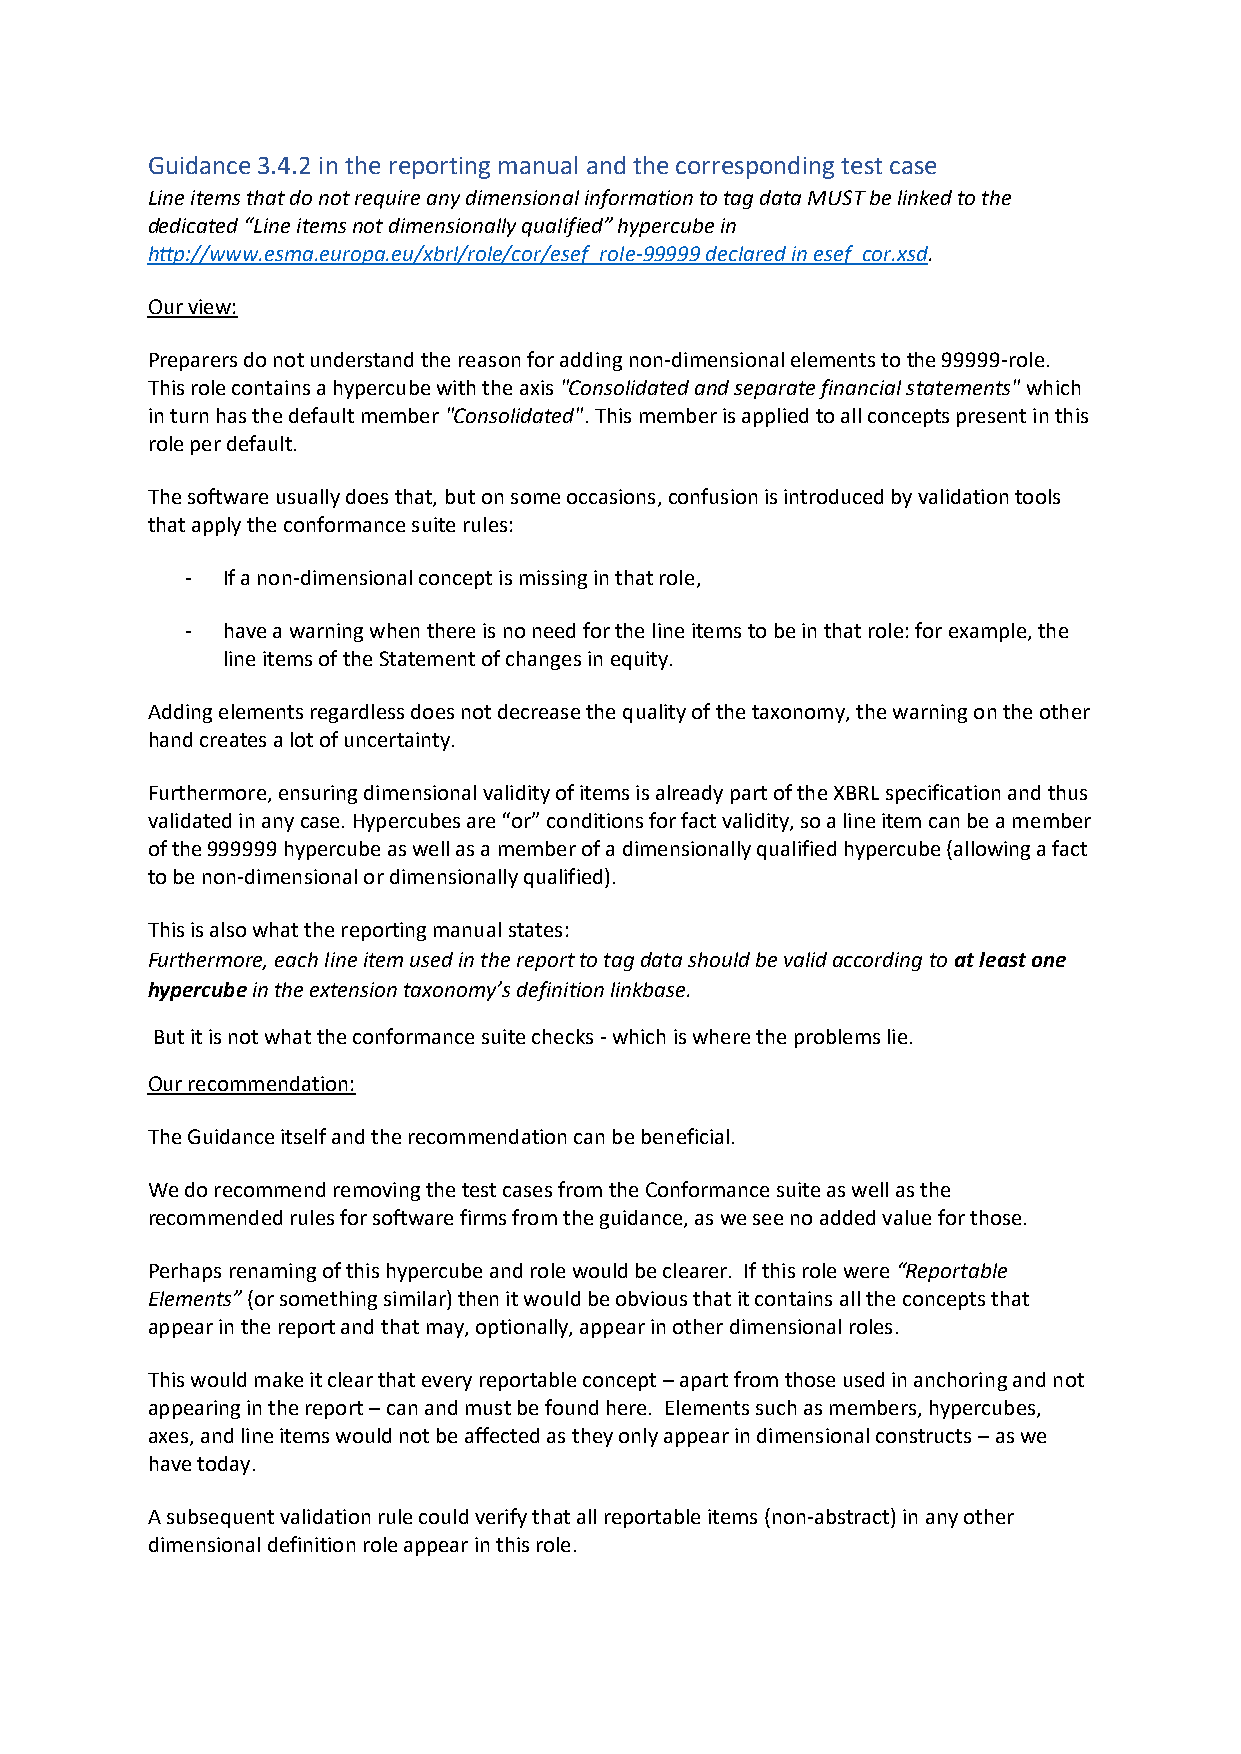
Guidance 3.4.2 in the reporting manual and the corresponding test case
 Line items that do not require any dimensional information to tag data MUST be linked to the
 dedicated “Line items not dimensionally qualified” hypercube in
 http://www.esma.europa.eu/xbrl/role/cor/esef_role-99999 declared in esef_cor.xsd.
 Our view:
 Preparers do not understand the reason for adding non-dimensional elements to the 99999-role.
 This role contains a hypercube with the axis "Consolidated and separate financial statements" which
 in turn has the default member "Consolidated". This member is applied to all concepts present in this
 role per default.
 The software usually does that, but on some occasions, confusion is introduced by validation tools
 that apply the conformance suite rules:
 -  If a non-dimensional concept is missing in that role,
 -  have a warning when there is no need for the line items to be in that role: for example, the
 line items of the Statement of changes in equity.
 Adding elements regardless does not decrease the quality of the taxonomy, the warning on the other
 hand creates a lot of uncertainty.
 Furthermore, ensuring dimensional validity of items is already part of the XBRL specification and thus
 validated in any case. Hypercubes are “or” conditions for fact validity, so a line item can be a member
 of the 999999 hypercube as well as a member of a dimensionally qualified hypercube (allowing a fact
 to be non-dimensional or dimensionally qualified).
 This is also what the reporting manual states:
 Furthermore, each line item used in the report to tag data should be valid according to at least one
 hypercube in the extension taxonomy’s definition linkbase.
 But it is not what the conformance suite checks - which is where the problems lie.
 Our recommendation:
 The Guidance itself and the recommendation can be beneficial.
 We do recommend removing the test cases from the Conformance suite as well as the
 recommended rules for software firms from the guidance, as we see no added value for those.
 Perhaps renaming of this hypercube and role would be clearer. If this role were “Reportable
 Elements” (or something similar) then it would be obvious that it contains all the concepts that
 appear in the report and that may, optionally, appear in other dimensional roles.
 This would make it clear that every reportable concept – apart from those used in anchoring and not
 appearing in the report – can and must be found here. Elements such as members, hypercubes,
 axes, and line items would not be affected as they only appear in dimensional constructs – as we
 have today.
 A subsequent validation rule could verify that all reportable items (non-abstract) in any other
 dimensional definition role appear in this role.